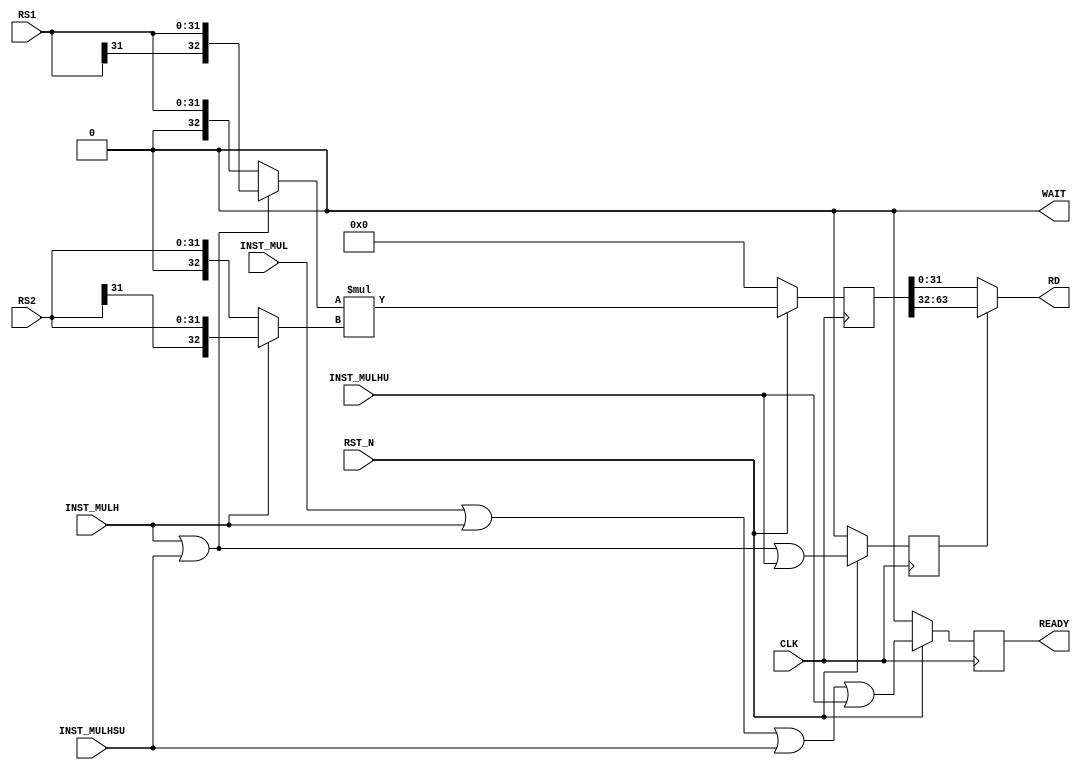
module fmrv32im_mul
  (
   input        RST_N,
   input        CLK,
   input        INST_MUL,
   input        INST_MULH,
   input        INST_MULHSU,
   input        INST_MULHU,
   input [31:0] RS1,
   input [31:0] RS2,
   output       WAIT,
   output       READY,
   output [31:0] RD
   );
   wire         inst_mul, inst_mulh;
   wire         inst_rs1_signed, inst_rs2_signed;
   reg [32:0]  w_rs1, w_rs2;
   reg [63:0]   rslt;
   reg          rslt_high, rslt_active;
   assign inst_mul        = INST_MUL | INST_MULH | INST_MULHSU | INST_MULHU;
   assign inst_mulh       = INST_MULH | INST_MULHSU | INST_MULHU;
   assign inst_rs1_signed = INST_MULH | INST_MULHSU;
   assign inst_rs2_signed = INST_MULH;
   always @(*) begin
      if(inst_rs1_signed) begin
         w_rs1 <= $signed(RS1);
      end else begin
         w_rs1 <= $unsigned(RS1);
      end
      if(inst_rs2_signed) begin
         w_rs2 <= $signed(RS2);
      end else begin
         w_rs2 <= $unsigned(RS2);
      end
   end
   always @(posedge CLK) begin
      if(!RST_N) begin
         rslt_high   <= 0;
         rslt_active <= 0;
      end else begin
         rslt_high   <= inst_mulh;
         rslt_active <= inst_mul;
      end
   end
   always @(posedge CLK) begin
      if(!RST_N) begin
         rslt <= 0;
      end else begin
         rslt <= $signed(w_rs1) * $signed(w_rs2);
      end
   end
   assign RD    = (rslt_high)?rslt[63:32]:rslt[31:0];
   assign READY = rslt_active;
   assign WAIT  = 0;
endmodule